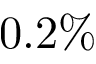
0 . 2 \%